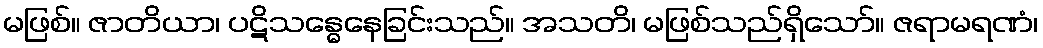
မဖြစ်။ ဇာတိယာ၊ ပဋိသန္ဓေနေခြင်းသည်။ အသတိ၊ မဖြစ်သည်ရှိသော်။ ဇရာမရဏံ၊